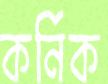
কর্নিক